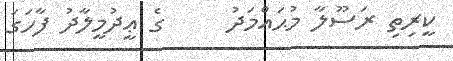
ކީރިތި ރަސޫލާ މުޙައްމަދު     ގެ ޢީދުމީލާދު ފާހަގަ